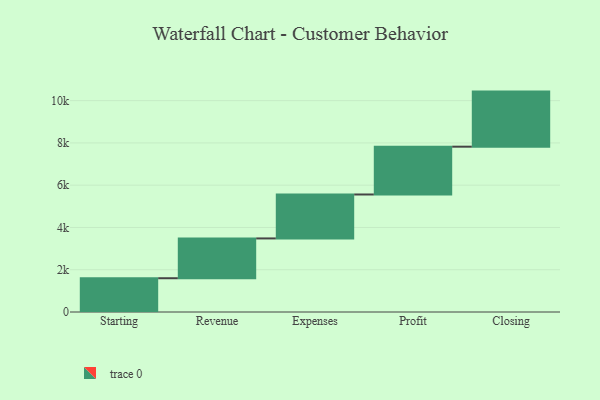
{"axis": {"x": "Step", "y": "Value"}, "legend": [""], "data": [{"x": "Starting", "y": 1598.0, "type": ""}, {"x": "Revenue", "y": 1883.0, "type": ""}, {"x": "Expenses", "y": 2079.0, "type": ""}, {"x": "Profit", "y": 2262.0, "type": ""}, {"x": "Closing", "y": 2606.0, "type": ""}]}